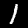
Label: 1